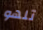
تلهو